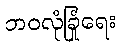
ဘဝလုံခြုံရေး